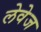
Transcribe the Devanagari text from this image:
लेवेज